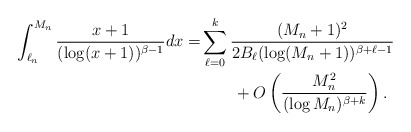
\begin{align*}\begin{aligned} \int_{\ell_n}^{M_n} \frac{x+1}{(\log(x+1))^{\beta-1}}dx=&\sum_{\ell=0}^k\frac{(M_n+1)^2 }{2B_\ell (\log(M_n+1))^{\beta+\ell-1}}\\ &\qquad+O\left(\frac{M_n^2}{(\log M_n)^{\beta+k}}\right).\end{aligned}\end{align*}